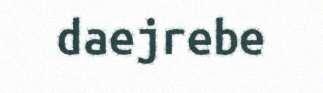
daejrebe